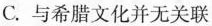
C.与希腊文化并无关联